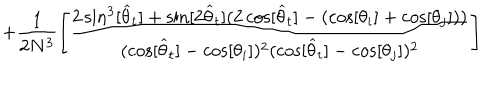
+ \frac { 1 } { 2 N ^ { 3 } } \left[ \frac { 2 \sin ^ { 3 } [ \widehat { \theta } _ { t } ] + \sin [ 2 \widehat { \theta } _ { t } ] ( 2 \cos [ \widehat { \theta } _ { t } ] - ( \cos [ \theta _ { i } ] + \cos [ \theta _ { j } ] ) ) } { ( \cos [ \widehat { \theta } _ { t } ] - \cos [ \theta _ { i } ] ) ^ { 2 } ( \cos [ \widehat { \theta } _ { t } ] - \cos [ \theta _ { j } ] ) ^ { 2 } } \right]